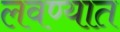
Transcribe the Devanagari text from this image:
लवण्यात